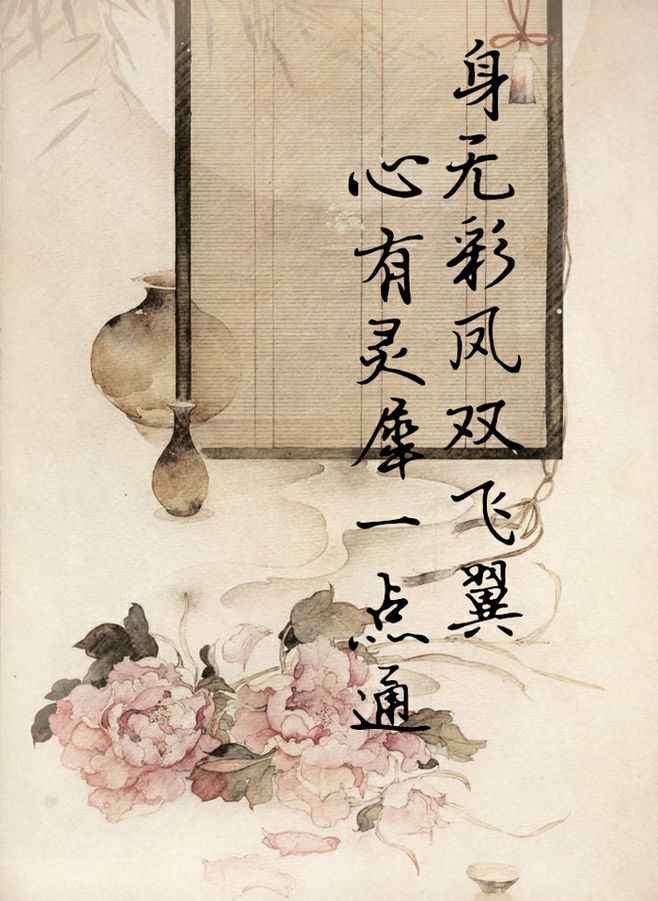
身无彩凤双飞翼，心有灵犀一点通。